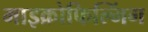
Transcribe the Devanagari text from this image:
माइक्रोफिल्मिंग